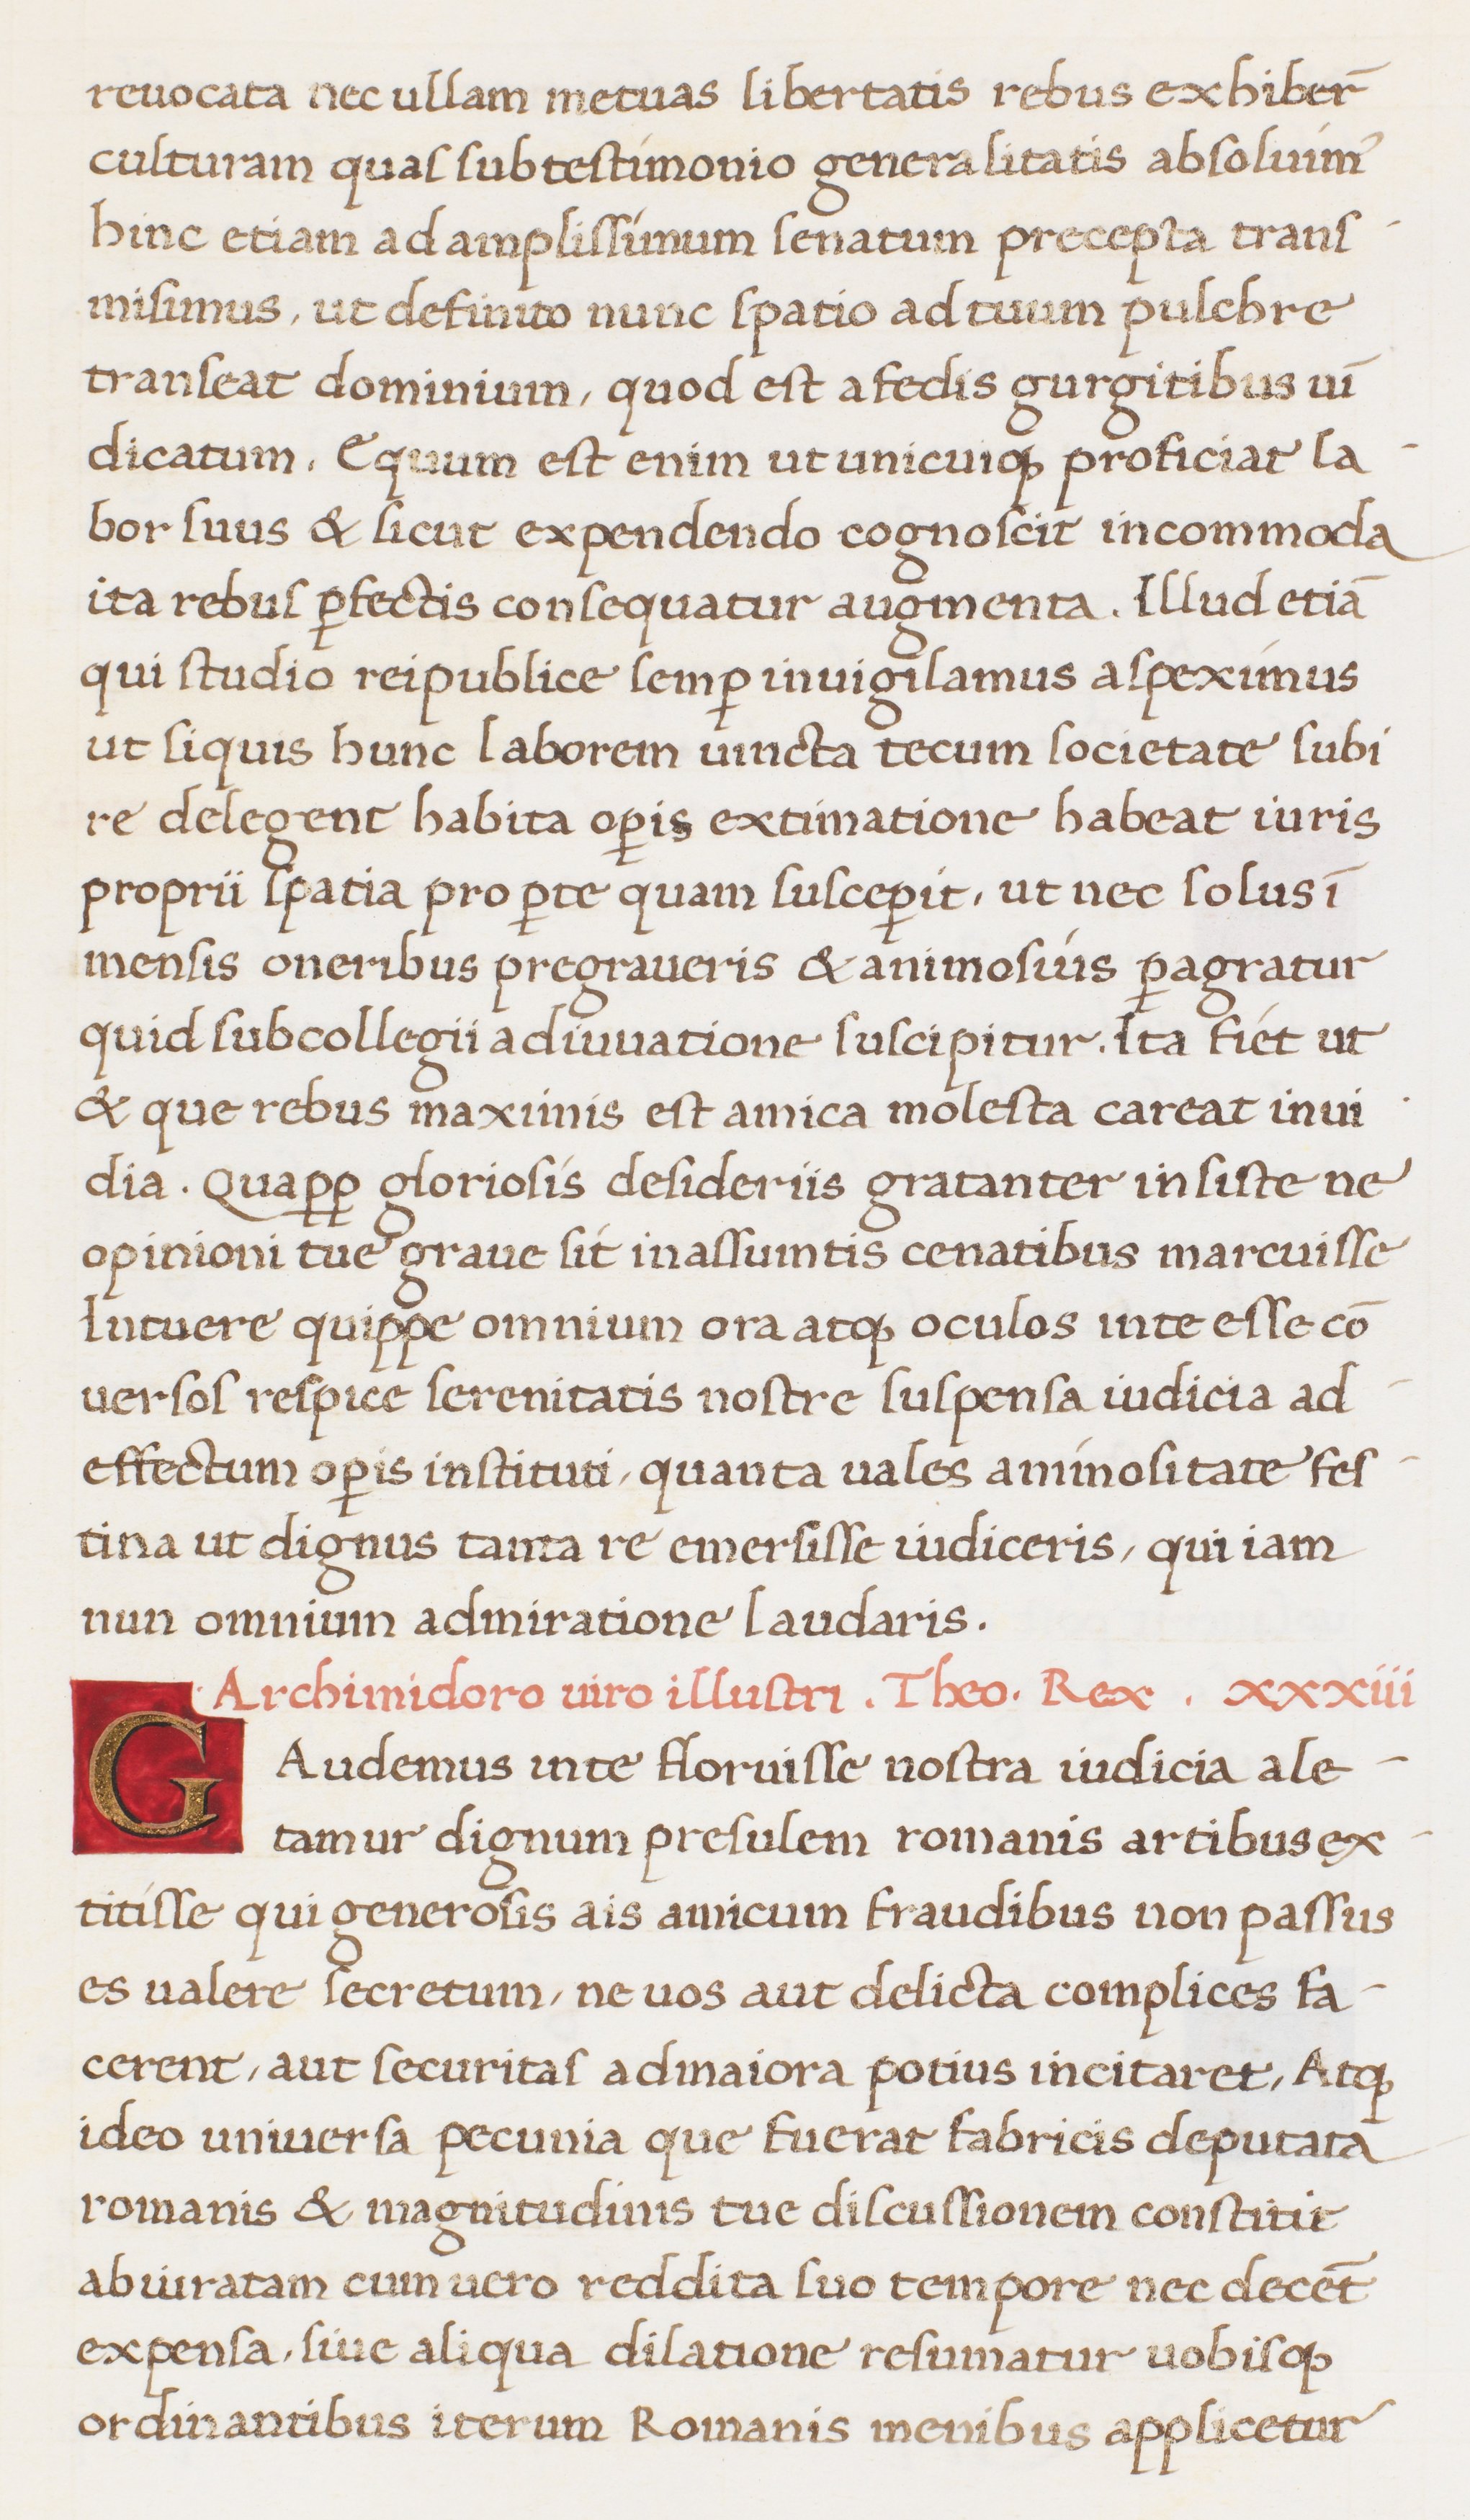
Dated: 1513–1521